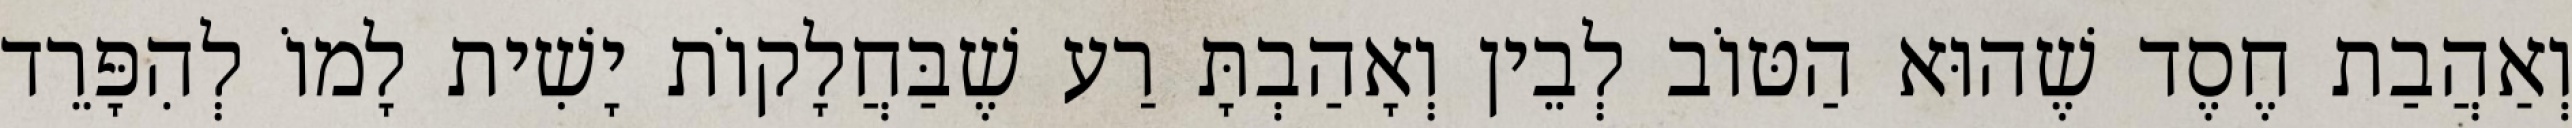
וְאַהֲבַת חֶסֶד שֶׁהוּא הַטּוֹב לְבֵין וְאָהַבְתָּ רַע שֶׁבַּחֲלָקוֹת יָשִׁית לָמוֹ לְהִפָּרֵד